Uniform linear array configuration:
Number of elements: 8
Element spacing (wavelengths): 0.25
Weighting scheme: exponential
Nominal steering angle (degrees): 15
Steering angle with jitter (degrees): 16.253
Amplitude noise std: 0.05
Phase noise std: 0.05

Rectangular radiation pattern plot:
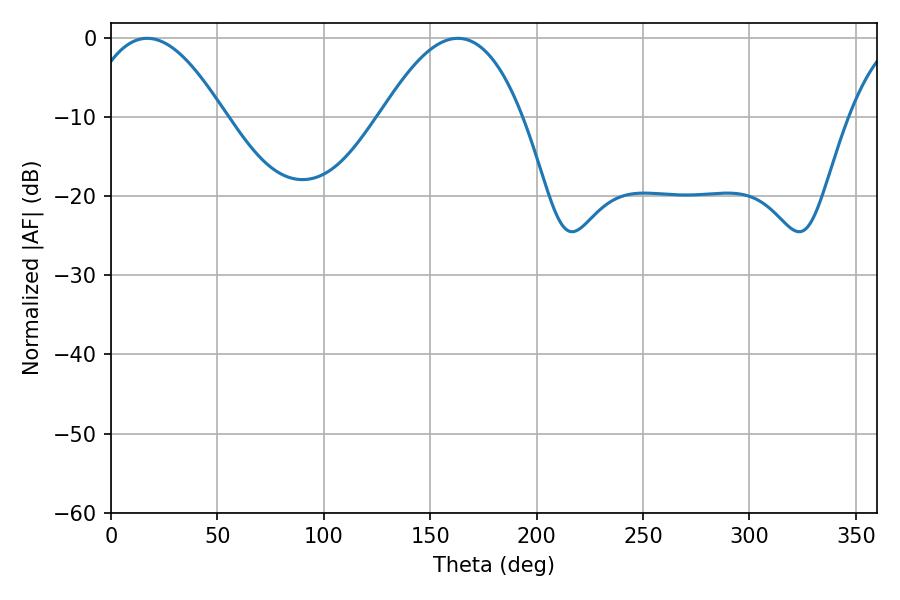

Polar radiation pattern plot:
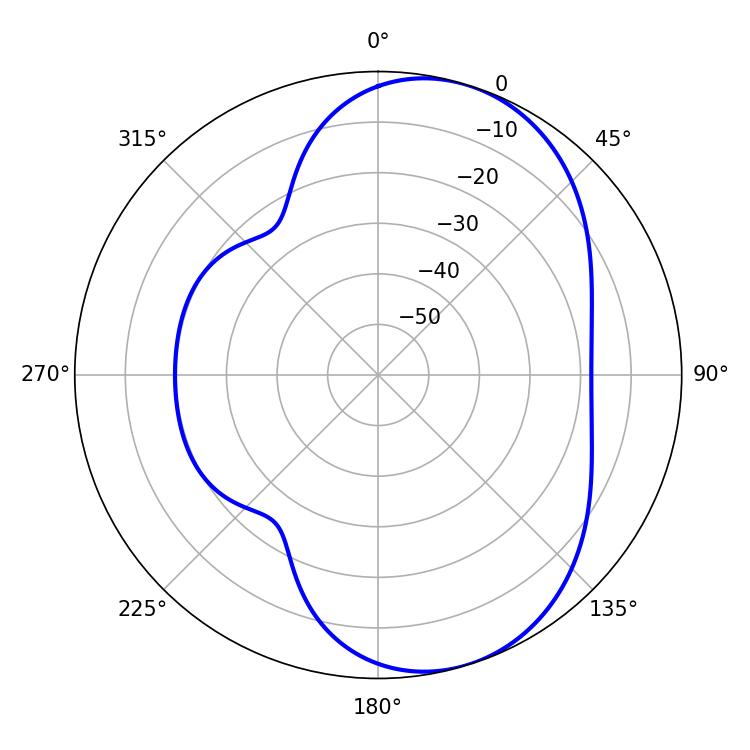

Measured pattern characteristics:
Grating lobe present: FALSE
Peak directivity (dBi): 6.595
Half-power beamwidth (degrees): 36.18
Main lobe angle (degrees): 17.1